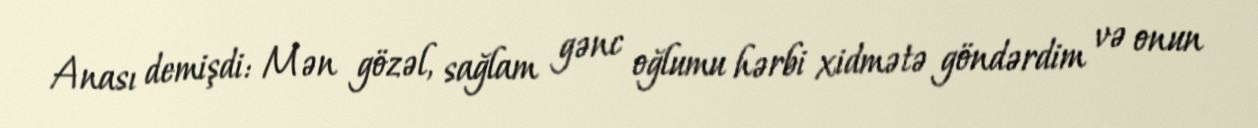
Anası demişdi: Mən gözəl, sağlam gənc oğlumu hərbi xidmətə göndərdim və onun